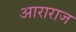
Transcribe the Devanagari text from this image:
आराराज